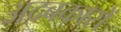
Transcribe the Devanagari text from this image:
अदबकारों